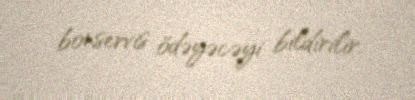
bonservis ödəyəcəyi bildirilir.